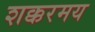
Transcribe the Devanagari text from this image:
शक्करमय